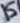
Text: 15